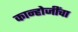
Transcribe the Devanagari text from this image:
कान्होजींचा